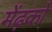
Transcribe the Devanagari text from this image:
मेंढ़को